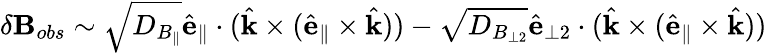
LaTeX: \delta\mathbf{B}_{obs}\sim\sqrt{D_{B_{\parallel}}}\hat{\mathbf{e}}_{\parallel}\cdot(\hat{\mathbf{k}}\times(\hat{\mathbf{e}}_{\parallel}\times\hat{\mathbf{k}}))-\sqrt{D_{B_{\perp 2}}}\hat{\mathbf{e}}_{\perp 2}\cdot(\hat{\mathbf{k}}\times(\hat{\mathbf{e}}_{\parallel}\times\hat{\mathbf{k}}))